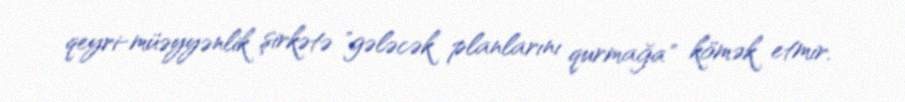
qeyri-müəyyənlik şirkətə "gələcək planlarını qurmağa" kömək etmir.